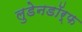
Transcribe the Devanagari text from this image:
लुडेनडॉर्फ